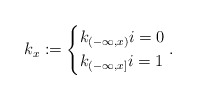
\begin{align*}k_x := \begin{cases*}k_{(-\infty, x)} i=0 \\k_{(-\infty, x]} i=1\end{cases*}.\end{align*}